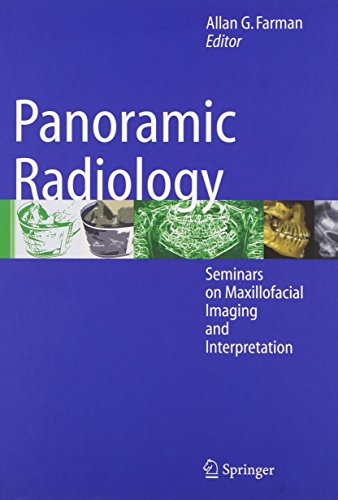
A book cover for Panoramic Radiology: Seminars on Maxillofacial Imaging and Interpretation; Medical Books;